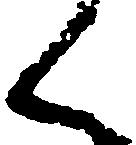
く